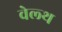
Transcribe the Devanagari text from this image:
वेल्‍थ